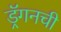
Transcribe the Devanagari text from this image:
ड्रॅगनची